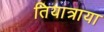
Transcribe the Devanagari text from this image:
तियात्राया